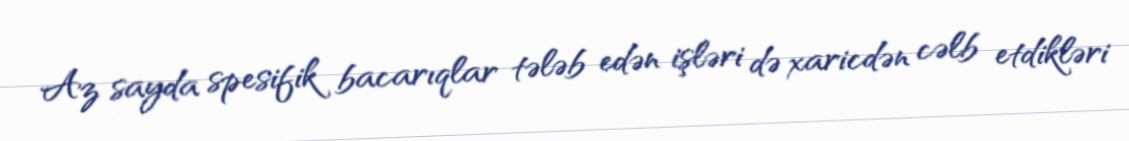
Az sayda spesifik bacarıqlar tələb edən işləri də xaricdən cəlb etdikləri